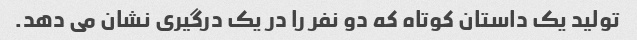
تولید یک داستان کوتاه که دو نفر را در یک درگیری نشان می دهد.